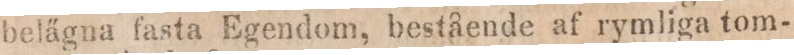
belägna fasta Egendom, bestående af rymliga tom-